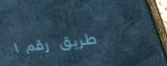
طريق رقم ١